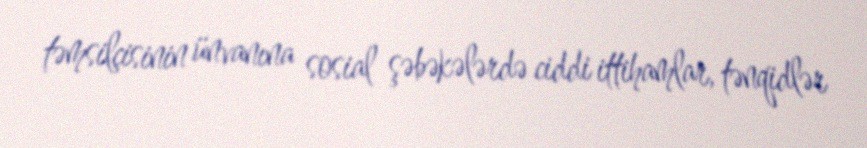
təmsilçisinin ünvanına sosial şəbəkələrdə ciddi ittihamlar, tənqidlər